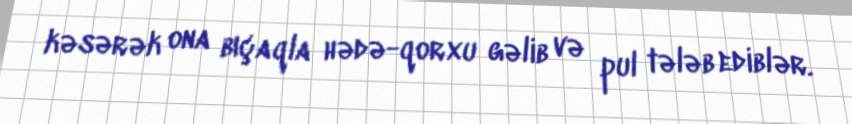
kəsərək ona bıçaqla hədə-qorxu gəlib və pul tələb ediblər.